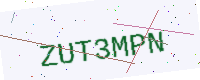
Text: ZUT3MPN